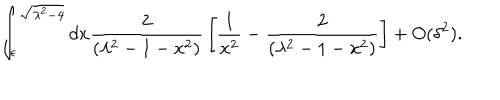
LaTeX: \int _ { \epsilon } ^ { \sqrt { \lambda ^ { 2 } - 4 } } { d x { \frac { 2 } { \left( \lambda ^ { 2 } - 1 - x ^ { 2 } \right) } } \left[ { \frac { 1 } { x ^ { 2 } } } - { \frac { 2 } { \left( \lambda ^ { 2 } - 1 - x ^ { 2 } \right) } } \right] } + O ( \delta ^ { 2 } ) .